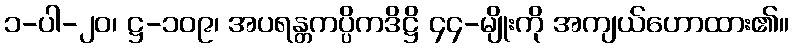
၁-ပါ-၂၀၊ ဋ္ဌ-၁၀၉၊ အပရန္တကပ္ပိကဒိဋ္ဌိ ၄၄-မျိုးကို အကျယ်ဟောထား၏။